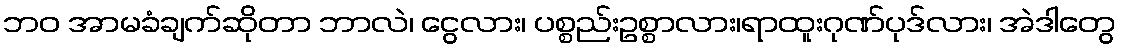
ဘဝ အာမခံချက်ဆိုတာ ဘာလဲ၊ ငွေလား၊ ပစ္စည်းဥစ္စာလား၊ရာထူးဂုဏ်ပုဒ်လား၊ အဲဒါတွေ